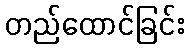
တည်ထောင်ခြင်း